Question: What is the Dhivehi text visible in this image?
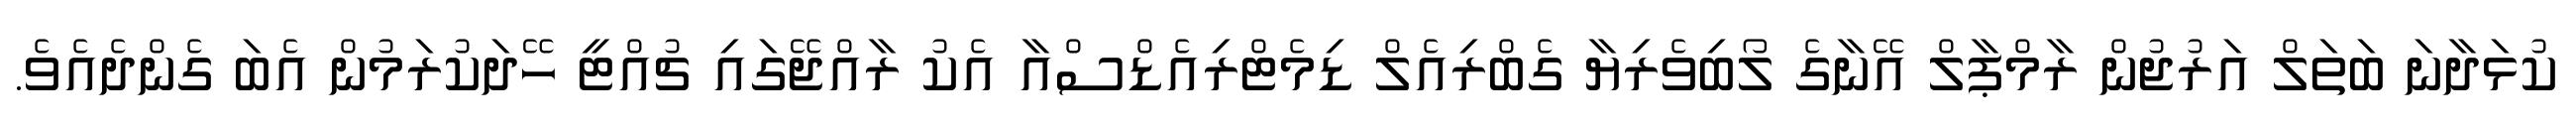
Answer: ކުޅަދާނަ ބަތަލް އަރުޖުން ރާމްޕާލް އޭނާގެ ލޯބިވެރިޔާ ގެބްރިއެލް ޑިމެޓްރިއެޑްސްއާ އެކު ރާއްޖޭގައި ޗުއްޓީ ހޭދަކުރަމުން އެބަ ގެންދެއެވެ.